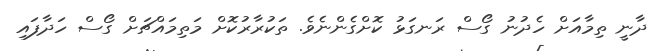
ދާނީ ތިމާއަށް ހެދުނު ގޯސް ރަނގަޅު ކޮށްގެންނެވެ. ތަކުރާރުކޮށް މަތިމައްޗަށް ގޯސް ހަދާފައި